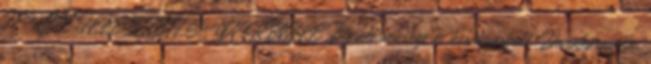
FEKETE ILLESZTETT SUN RINGLÉ Bicikli webshop és kerékpárbolt Dunaharasztin,